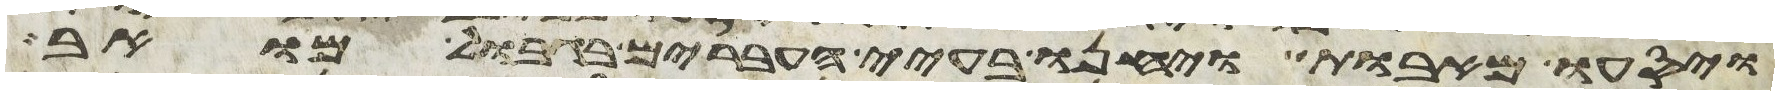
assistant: ויסעו מאבות ויחנו בעיי העברים בגבול מואב